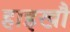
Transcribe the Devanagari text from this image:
हाइखौ